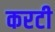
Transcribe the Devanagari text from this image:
करटी